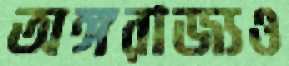
অঙ্গরাজ্যও